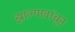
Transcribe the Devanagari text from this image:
झाल्यावांचून